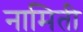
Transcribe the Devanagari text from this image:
नामिती